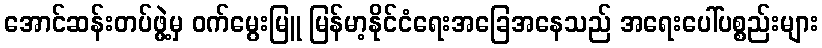
အောင်ဆန်းတပ်ဖွဲ့မှ ဝက်မွေးမြူ မြန်မာ့နိုင်ငံရေးအခြေအနေသည် အရေးပေါ်ပစ္စည်းများ